Report on sanitation, dispensaries, and jails in Rajputana for 1912, and on vaccination for the year 1912-1913 - 1912-1913
Year: 1912
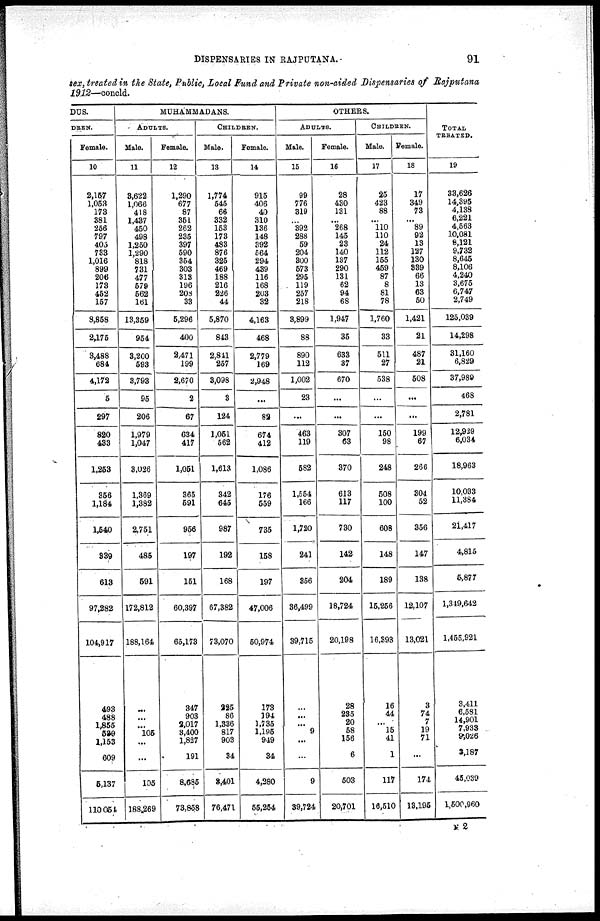
DISPENSARIES IN RAJPUTANA.
91
sex, treated in the State, Public, Local Fund and Private non-aided Dispensaries of Rajputana
1912—concld.
DUS.
DREN.
Female.
10
2,157
1,053
173
381
256
797
405
733
1,016
899
206
173
452
157
8,858
2,175
3,488
681
4,172
5
297
820
433
1,253
356
1,184
1,540
339
613
97,282
104,917
493
488
1,855
529
1,153
609
5,137
110,054
MUHAMMADANS.
ADULTS.
Male.
11
3,622
1,066
418
1,437
450
498
1,250
1,290
818
731
477
579
562
161
13,359
954
3,200
593
3,793
95
206
1,979
1,047
3.026
1,369
1,382
2,751
485
591
172,812
188,164
...
...
...
106
...
...
105
188,269
Female.
12
1,290
677
87
351
262
235
397
590
354
303
313
196
208
33
5,296
400
2,471
199
2,670
2
67
634
417
1,051
365
591
956
197
151
60,397
65,173
347
903
2,017
3,400
1,827
191
8,685
73,858
CHILDREN.
Male.
13
1,774
545
66
332
153
173
483
876
325
469
188
216
226
44
5,870
843
2,841
257
3,098
3
124
1,051
562
1,613
342
645
987
192
168
67,382
73,070
225
86
1,336
817
903
34
3,401
76,471
Female.
14
915
406
40
310
136
148
392
564
294
439
116
168
203
32
4,163
468
2,779
169
2,948
...
82
674
412
1,086
176
559
735
158
197
47,006
60,974
173
194
1,735
1,195
949
34
4,280
55,254
OTHERS.
ADULTS.
Male.
15
99
776
319
...
392
288
59
204
300
573
295
119
257
218
3,899
88
890
112
1,002
23
...
463
119
582
1,554
166
1,720
241
356
36,499
39,715
...
...
...
9
...
...
9
39,724
Female.
16
28
430
131
...
268
145
23
140
137
290
131
62
94
68
1,947
35
633
37
670
...
...
807
63
370
613
117
730
142
204
18,724
20,198
28
235
20
58
156
6
503
20,701
CHILDREN.
Male.
17
25
423
88
...
110
110
24
112
155
459
87
8
81
78
1,760
33
511
27
538
...
...
150
98
248
508
100
608
148
189
15,256
16,393
16
44
...
15
41
1
117
16,510
Female.
18
17
349
73
...
89
92
13
127
130
339
66
13
63
50
1,421
21
487
21
508
...
...
199
67
266
304
52
356
147
138
12,107
13,021
3
74
7
19
71
...
174
13,195
TOTAL
TREATED.
19
33,626
14,395
4,138
6,221
4,563
10,081
8,121
9,732
8,645
8,106
4,240
3,675
6,747
2,749
125,039
14,298
31,160
6,829
37,989
468
2,781
12,929
6,034
18,963
10,033
11,384
21,417
4,815
5,877
1,349,642
1,455,921
3,411
6,581
14,901
7,933
9,026
3,187
45,039
1,500,960
N 2